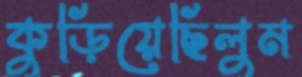
কুড়িয়েছিলুম